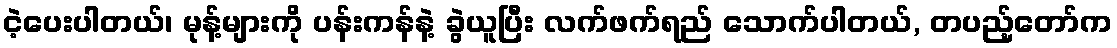
ငဲ့ပေးပါတယ်၊ မုန့်များကို ပန်းကန်နဲ့ ခွဲယူပြီး လက်ဖက်ရည် သောက်ပါတယ်, တပည့်တော်က